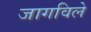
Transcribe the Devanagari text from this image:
जागविले